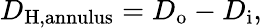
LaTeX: D_{\mathrm{H,annulus}}=D_{\mathrm{o}}-D_{\mathrm{i}},